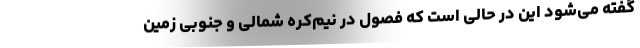
گفته می‌شود این در حالی است که فصول در نیم‌کره شمالی و جنوبی زمین